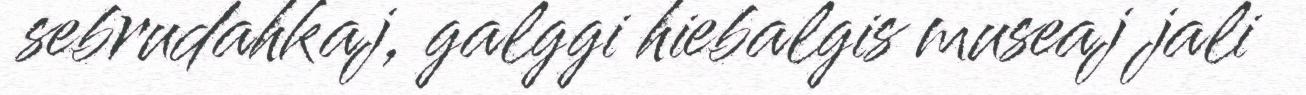
sebrudahkaj, galggi hiebalgis museaj jali